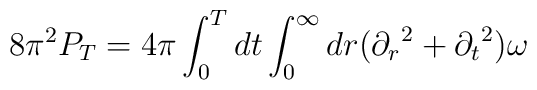
{8\pi^2} P_T = {4\pi}\int_0^T dt \int_0^\infty dr ({\partial_r}^2 + {\partial_t}^2)\omega